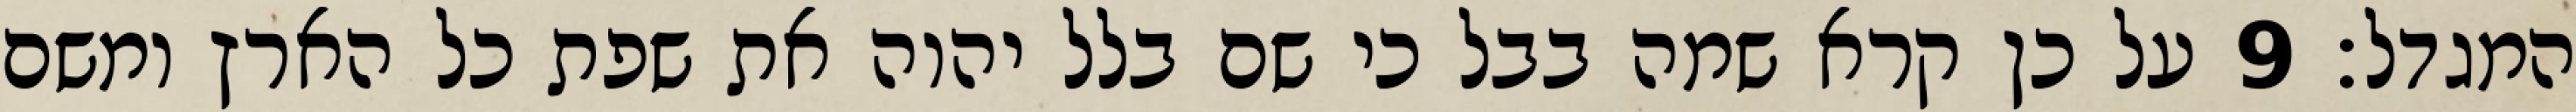
המגדל׃ ‎9‏ על כן קרא שמה בבל כי שם בלל יהוה את שפת כל הארץ ומשם